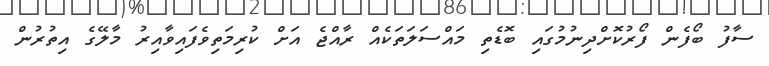
ސާފު ބޯފެން ފޯރުކޮށްދިނުމުގައި ބޮޑެތި މައްސަލަތަކެއް ރާއްޖެ އަށް ކުރިމަތިވެފައިވާއިރު މާލޭގެ އިތުރުން